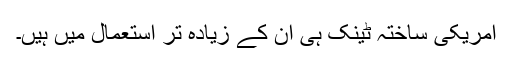
امریکی ساختہ ٹینک ہی ان کے زیادہ تر استعمال میں ہیں۔